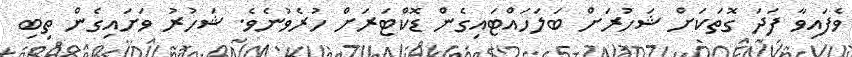
ވެފައިވާ ފަދަ ގޮތަކަށް ޝަހުރަށް ބަލަހައްޓައިގެން ޑޮކްޓަރަށް ހުރެވުނެވެ. ޝަހުރު ވަށައިގެން ތިބި